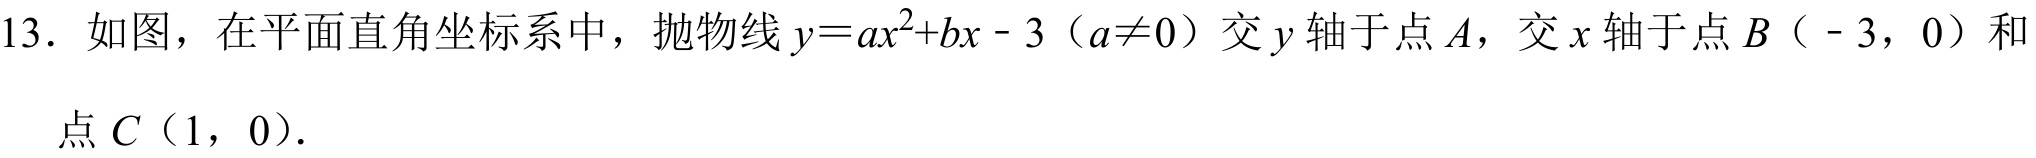
13. 如图，在平面直角坐标系中，抛物线\(y = ax^{2}+bx - 3\)（\(a\neq0\)）交\(y\)轴于点\(A\)，交\(x\)轴于点\(B\)（\(-3\)，\(0\)）和点\(C\)（\(1\)，\(0\)）.